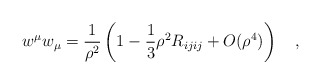
\begin{align*}w^\mu w_\mu={1 \over \rho^2}\left(1-\frac 13 \rho^2 R_{ijij}+O(\rho^4)\right)~~~,\end{align*}